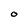
Character: O